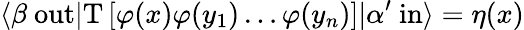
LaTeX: \langle\beta\ \mathrm{out}|\mathrm{T}\left[\varphi(x)\varphi(y_{1})\ldots\varphi(y_{n})\right]|\alpha^{\prime}\ \mathrm{in}\rangle=\eta(x)